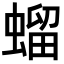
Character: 䗜